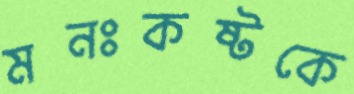
মনঃকষ্টকে